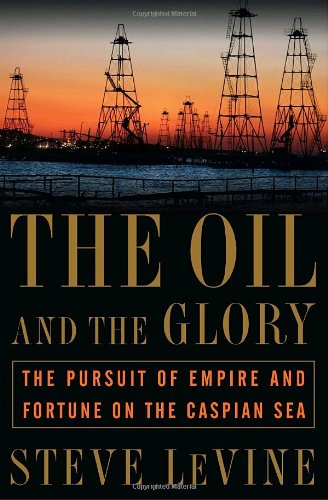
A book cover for The Oil and the Glory: The Pursuit of Empire and Fortune on the Caspian Sea; Steve LeVine; Business & Money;